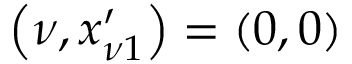
\left( \nu , x _ { \nu 1 } ^ { \prime } \right) = \left( 0 , 0 \right)